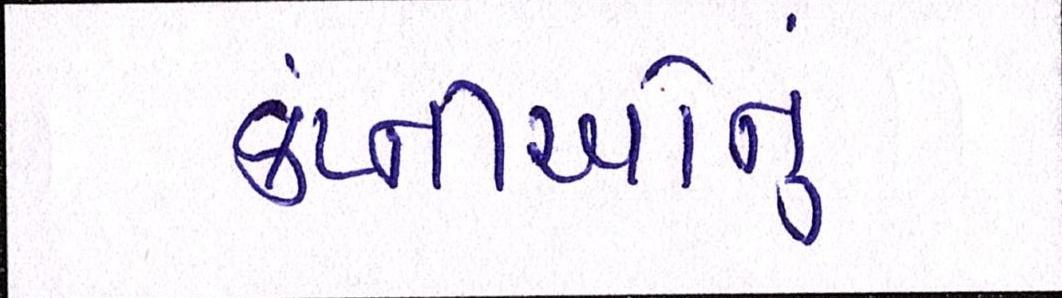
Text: કંપ્નીઓનું